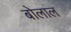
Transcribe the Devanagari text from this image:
बोलाल